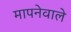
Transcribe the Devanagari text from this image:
मापनेवाले